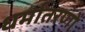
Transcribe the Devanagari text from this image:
धर्मांतरणों